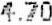
4.70